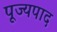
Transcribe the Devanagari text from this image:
पूज्‍यपाद